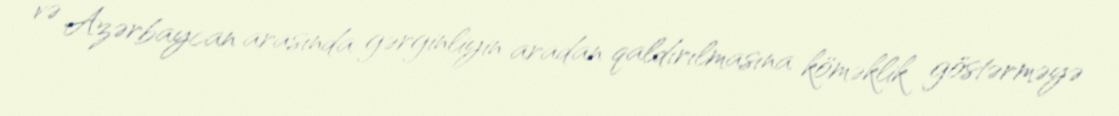
və Azərbaycan arasında gərginliyin aradan qaldırılmasına köməklik göstərməyə